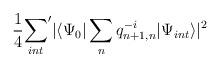
LaTeX: \begin{align*}\frac14 {\sum_{int}}' | \langle \Psi_0 | \sum_{n} q^{-i}_{n+1,n} | \Psi_{int} \rangle|^2\end{align*}